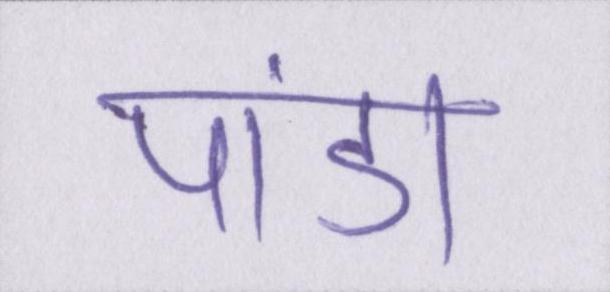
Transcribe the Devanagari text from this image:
पांडा